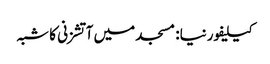
کیلیفورنیا: مسجد میں آتشزنی کا شبہ